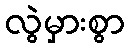
လွဲမှားစွာ